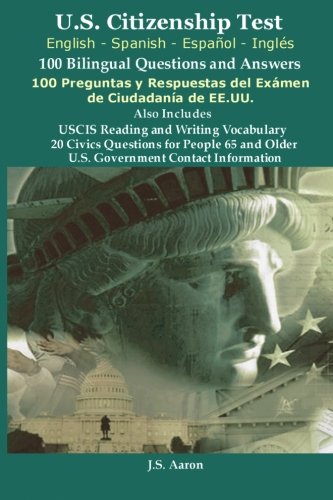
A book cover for *U.S.Citizenship Test (English and Spanish - EspaÃ±ol y InglÃ©s) 100 Bilingual Questions and Answers  100 Preguntas y respuestas del exÃ¡men de la ciudadanÃ­a (Spanish Edition); J.S. Aaron; Test Preparation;